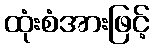
ထုံးစံအားဖြင့်